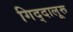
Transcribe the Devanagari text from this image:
गिद्दालूरू